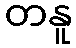
တနူ